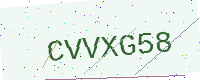
Text: CVVXG58